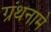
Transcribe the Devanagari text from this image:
ग्रंथनामे